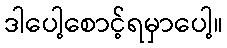
ဒါပေါ့စောင့်ရမှာပေါ့။